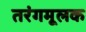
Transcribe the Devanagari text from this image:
तरंगमूलक